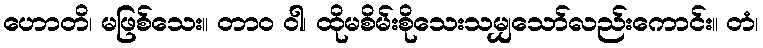
ဟောတိ၊ မဖြစ်သေး။ တာဝ ဝါ၊ ထိုမစိမ်းစိုသေးသမျှသော်လည်းကောင်း။ တံ၊